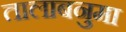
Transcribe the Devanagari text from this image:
तालाबनुमा